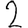
Digit: 2